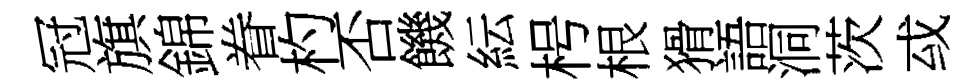
冠旗錦眷杓否饑紜枵根猾語洞茨㦯